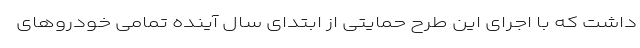
داشت که با اجرای این طرح حمایتی از ابتدای سال آینده تمامی خودروهای